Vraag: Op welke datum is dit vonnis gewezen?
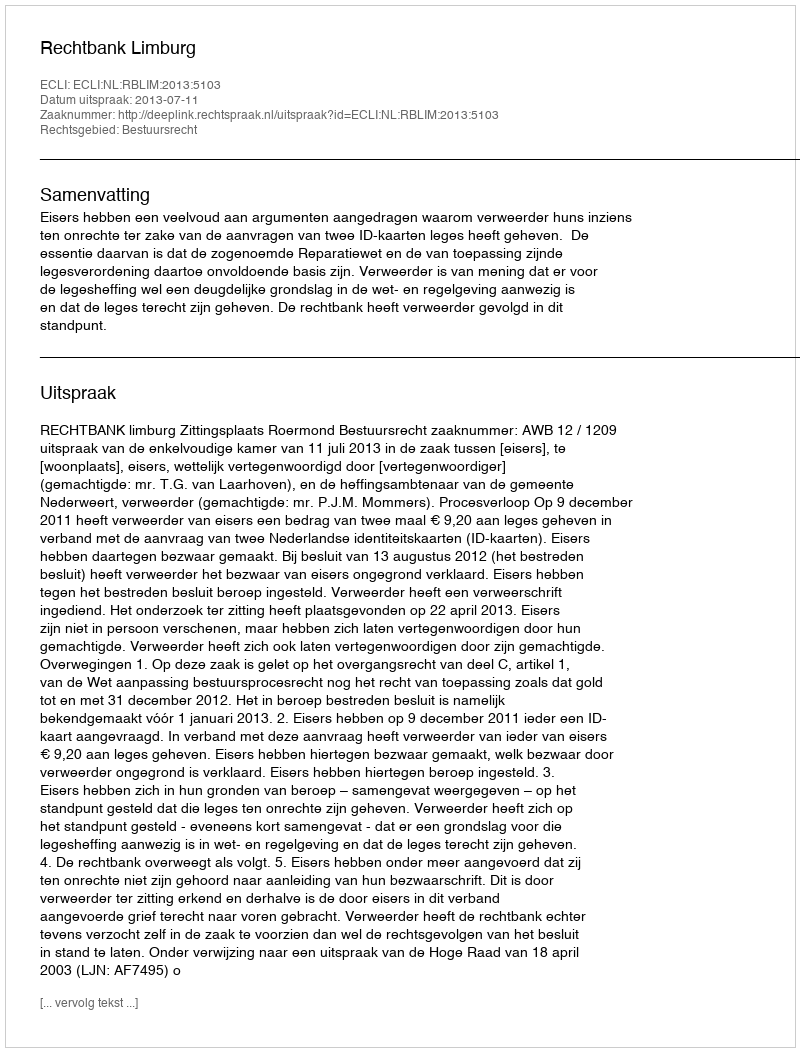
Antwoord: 2013-07-11